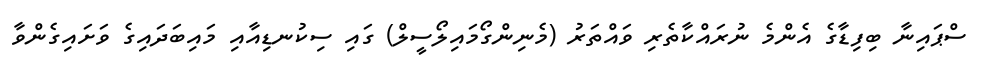
ސްޕައިނާ ބިފިޑާގެ އެންމެ ނުރައްކާތެރި ވައްތަރު (މެނިންގޯމައިލޯސީލް) ގައި ސިކުނޑިއާއި މައިބަދައިގެ ވަށައިގެންވާ